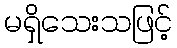
မရှိသေးသဖြင့်